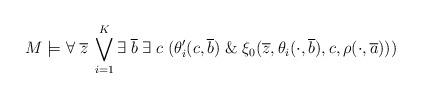
LaTeX: \begin{align*}M\models \forall \; \overline{z} \; \bigvee_{i=1}^{K} \exists \; \overline{b} \; \exists \; c \; (\theta^{\prime}_{i}(c, \overline{b}) \; \& \; \xi_{0}(\overline{z}, \theta_{i}(\cdot, \overline{b}), c, \rho(\cdot, \overline{a})))\end{align*}